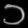
Digit: ၁